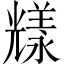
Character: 𠓁